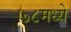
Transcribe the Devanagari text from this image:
७८मध्ये